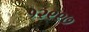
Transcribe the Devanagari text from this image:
१२९९७